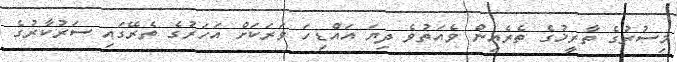
މިސުރުގެ ތާރީޚުގެ ތެރެއިން ވެއަތުވެ ދިޔަ އައްޑިހަ ވަރަކަށް އަހަރުގެ ތެރޭގައި ސަރުކާރުގެ